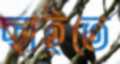
ছাইতে